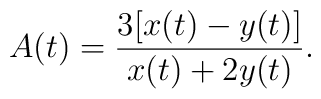
A(t) = \frac{3[x(t) - y(t)]}{x(t) + 2 y(t)}.